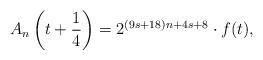
LaTeX: \begin{align*}A_n\left(t+\frac{1}{4}\right) = 2^{(9s+18)n+4s+8} \cdot f(t),\end{align*}